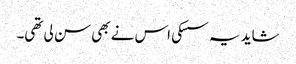
شاید یہ سسکی اس نے بھی سن لی تھی۔